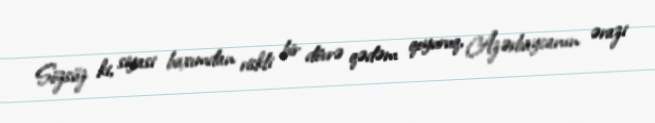
Sözsüz ki, siyasi baxımdan riskli bir dövrə qədəm qoyuruq, Azərbaycanın ərazi